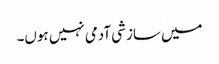
میں سازشی آدمی نہیں ہوں۔